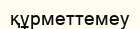
құрметтемеу